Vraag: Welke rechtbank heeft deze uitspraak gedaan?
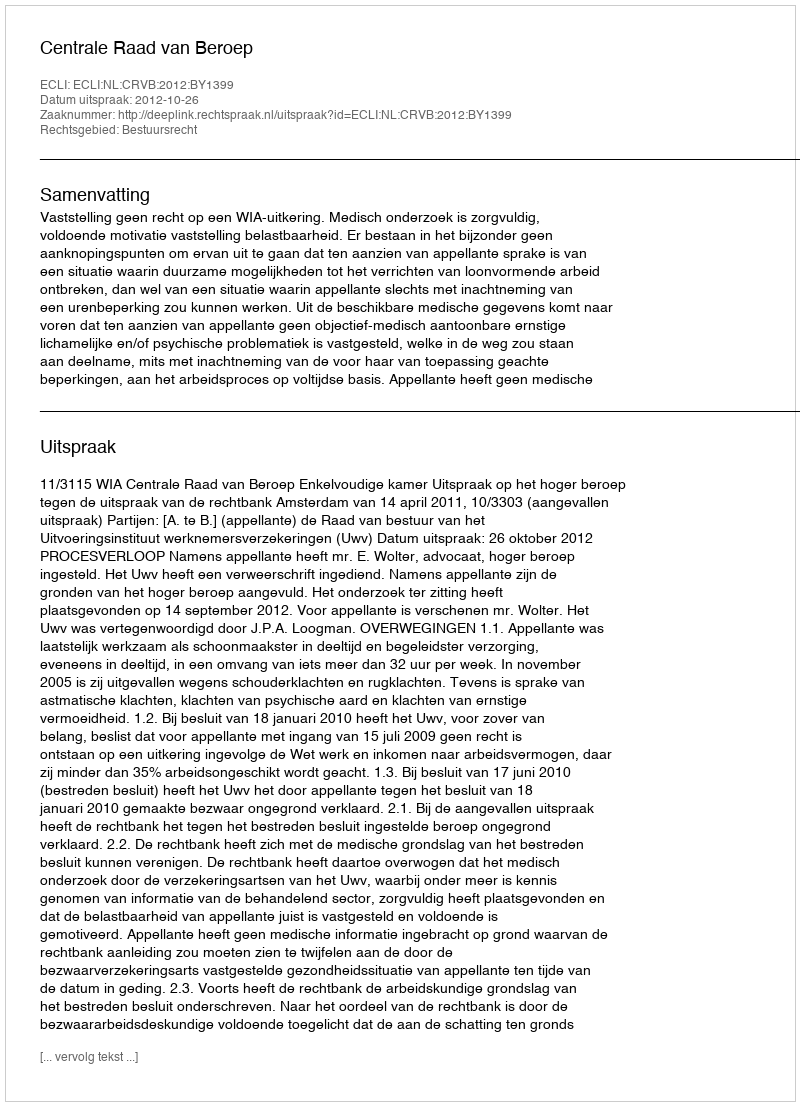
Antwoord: Centrale Raad van Beroep